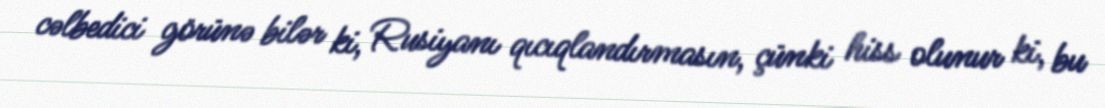
cəlbedici görünə bilər ki, Rusiyanı qıcıqlandırmasın, çünki hiss olunur ki, bu